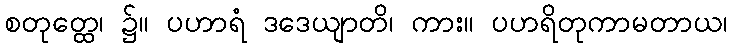
စတုတ္ထေ၊ ၌။ ပဟာရံ ဒဒေယျာတိ၊ ကား။ ပဟရိတုကာမတာယ၊